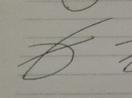
Signature authenticity: forged